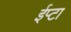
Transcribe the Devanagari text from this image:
ईप्टा